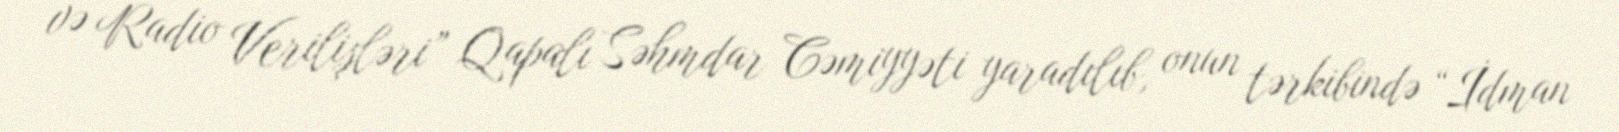
və Radio Verilişləri” Qapalı Səhmdar Cəmiyyəti yaradılıb, onun tərkibində “İdman